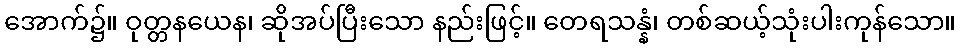
အောက်၌။ ဝုတ္တနယေန၊ ဆိုအပ်ပြီးသော နည်းဖြင့်။ တေရသန္နံ၊ တစ်ဆယ့်သုံးပါးကုန်သော။